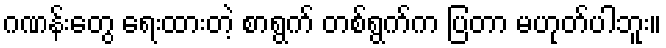
ဂဏန်းတွေ ရေးထားတဲ့ စာရွက် တစ်ရွက်က ပြတာ မဟုတ်ပါဘူး။